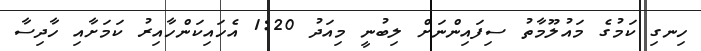
ހިނގި ކަމުގެ މައުލޫމާތު ސިފައިންނަށް ލިބުނީ މިއަދު 1:20 އެހައިކަންހާއިރު ކަމަށާއި ހާދިސާ